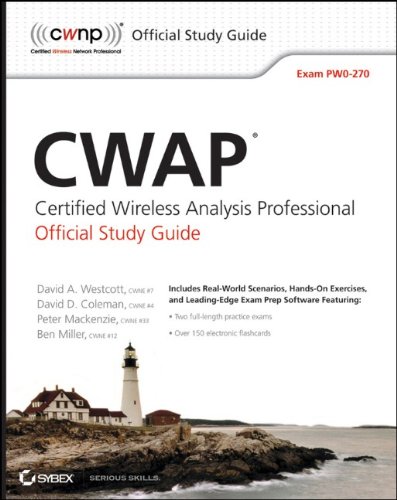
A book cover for CWAP Certified Wireless Analysis Professional Official Study Guide: Exam PW0-270; David A. Westcott; Computers & Technology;